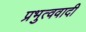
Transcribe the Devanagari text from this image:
प्रभुत्ववादी